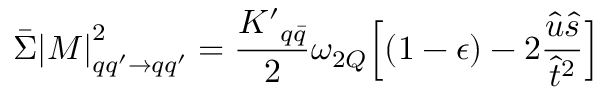
\bar { \Sigma } { | M | } _ { q q ^ { \prime } \rightarrow q q ^ { \prime } } ^ { 2 } = { \frac { { K ^ { \prime } } _ { q \bar { q } } } { 2 } } \omega _ { 2 Q } \Bigl [ ( 1 - \epsilon ) - 2 { \frac { \hat { u } \hat { s } } { \hat { t } ^ { 2 } } } \Bigr ] \;